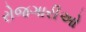
રોજગારીઓ